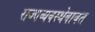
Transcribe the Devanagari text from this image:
राज्यव्यवस्थेबाबत